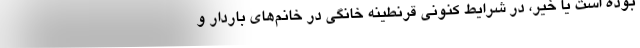
بوده است یا خیر، در شرایط کنونی قرنطینه خانگی در خانم‌های باردار و